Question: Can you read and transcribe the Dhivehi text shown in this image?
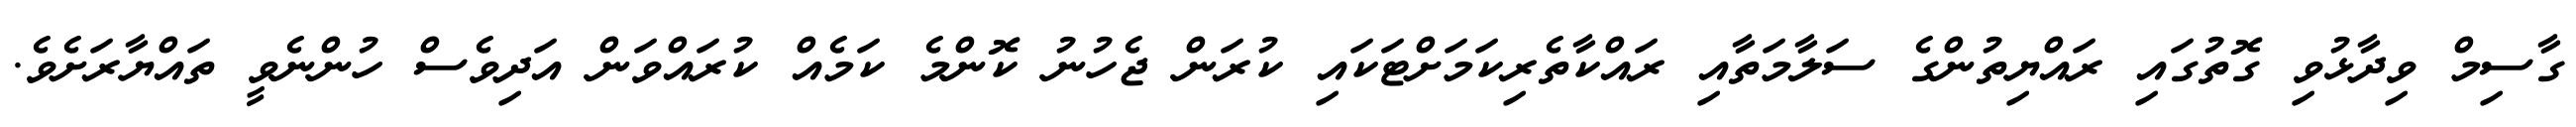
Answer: ގާސިމް ވިދާޅުވި ގޮތުގައި ރައްޔިތުންގެ ސަލާމަތާއި ރައްކާތެރިކަމަށްޓަކައި ކުރަން ޖެހުނު ކޮންމެ ކަމެއް ކުރައްވަން އަދިވެސް ހުންނެވީ ތައްޔާރަށެވެ.